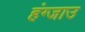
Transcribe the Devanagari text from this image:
हंग्जाउ